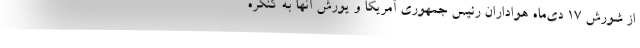
از شورش ۱۷ دی‌ماه هواداران رئیس جمهوری آمریکا و یورش آنها به کنگره